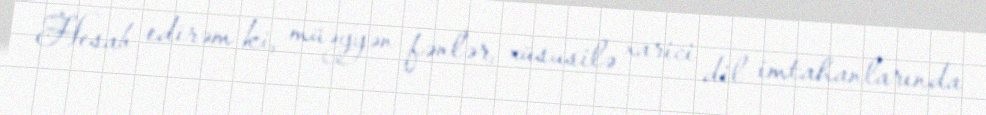
Hesab edirəm ki, müəyyən fənlər, xüsusilə xarici dil imtahanlarında